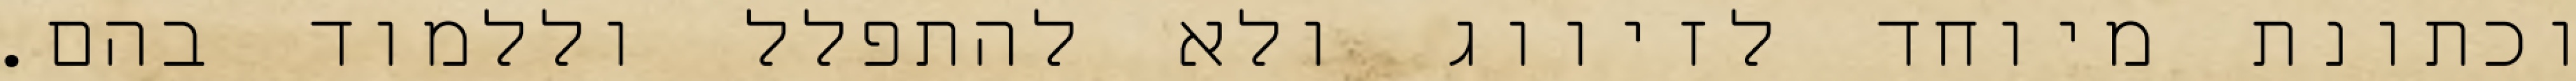
וכתונת מיוחד לזיווג ולא להתפלל וללמוד בהם.